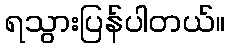
ရသွားပြန်ပါတယ်။